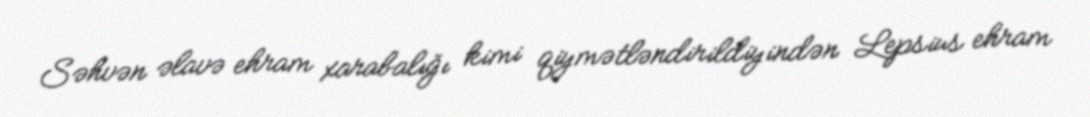
Səhvən əlavə ehram xarabalığı kimi qiymətləndirildiyindən Lepsius ehram